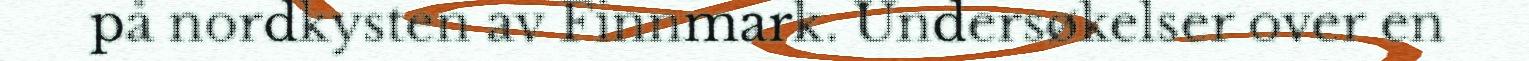
på nordkysten av Finnmark. Undersøkelser over en